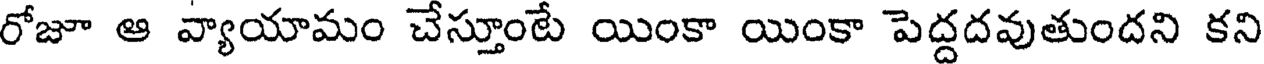
రోజూ ఆ వ్యాయామం చేస్తూంటే యింకా యింకా పెద్దదవుతుందని కని